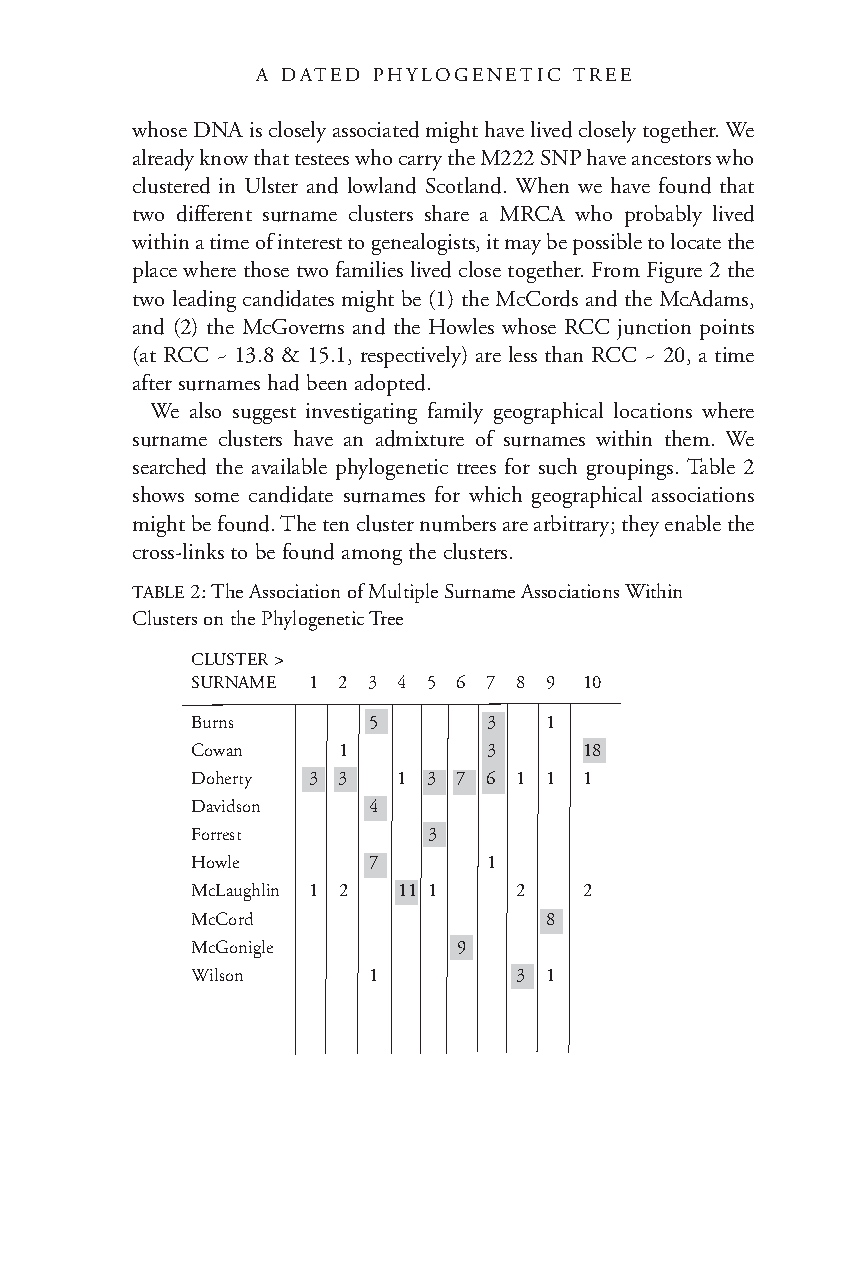
A DATED PHYLOGENETIC TREE
 whose DNA is closely associated might have lived closely together. We
 already know that testees who carry the M222 SNP have ancestors who
 clustered in Ulster and lowland Scotland. When we have found that
 two different surname clusters share a MRCA who probably lived
 within a time of interest to genealogists, it may be possible to locate the
 place where those two families lived close together. From Figure 2 the
 two leading candidates might be (1) the McCords and the McAdams,
 and (2) the McGoverns and the Howles whose RCC junction points
 (at RCC ~ 13.8 & 15.1, respectively) are less than RCC ~ 20, a time
 after surnames had been adopted.
 We also suggest investigating family geographical locations where
 surname clusters have an admixture of surnames within them. We
 searched the available phylogenetic trees for such groupings. Table 2
 shows some candidate surnames for which geographical associations
 might be found. The ten cluster numbers are arbitrary; they enable the
 cross-links to be found among the clusters.
 TABLE2: The Association of Multiple Surname Associations Within
 Clusters on the Phylogenetic Tree
 CLUSTER>
 SURNAME 1 2 3 4 5 6 7 8 9 10
 Burns      5       3   1
 Cowan    1         3      18
 Doherty 3 3  1 3 7 6 1 1  1
 Davidson   4
 Forrest        3
 Howle      7       1
 McLaughlin 1 2 11 1  2    2
 McCord                 8
 McGonigle        9
 Wilson     1         3 1